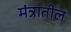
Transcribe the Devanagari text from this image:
मंत्रातील